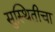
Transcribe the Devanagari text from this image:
सुस्थितीचा